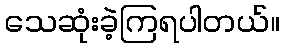
သေဆုံးခဲ့ကြရပါတယ်။